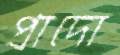
প্রাদো